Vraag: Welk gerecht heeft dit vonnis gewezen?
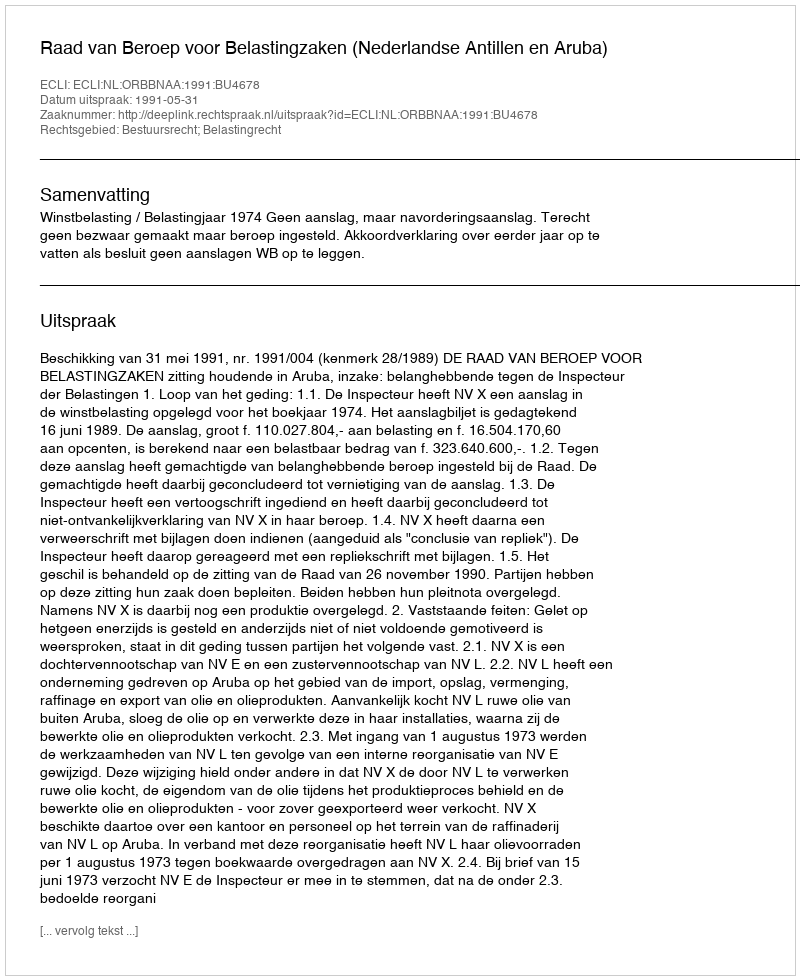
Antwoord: Raad van Beroep voor Belastingzaken (Nederlandse Antillen en Aruba)